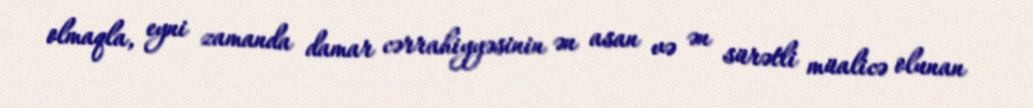
olmaqla, eyni zamanda damar cərrahiyyəsinin ən asan və ən sürətli müalicə olunan